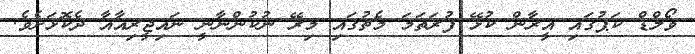
ވޯލްޑް ކަޕުގައި އީރާން ކުޅޭ ފުރަތަމަ މެޗުގައި މިރޭ ނުކުންނާނީ ނައިޖީރިއާއާ ދެކޮޅަށެވެ.